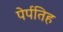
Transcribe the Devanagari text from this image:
पेर्पतिह